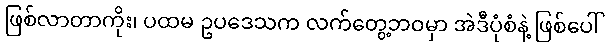
ဖြစ်လာတာကိုး၊ ပထမ ဥပဒေသက လက်တွေ့ဘဝမှာ အဲဒီပုံစံနဲ့ ဖြစ်ပေါ်